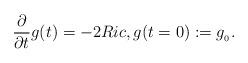
LaTeX: \begin{align*}\frac{\partial}{\partial t} g(t)=-2Ric, {g(t=0):=g_{_0}}.\end{align*}